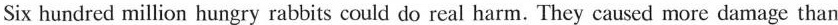
Six hundred million hungry rabbits could do real harm. They caused more damage than